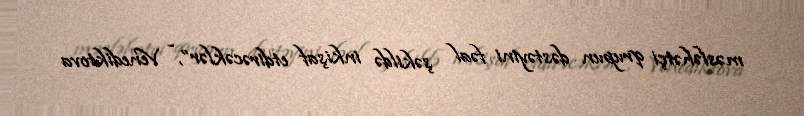
məsləhətçi qrupun dəstəyini fəal şəkildə inkişaf etdirəcəklər”, - Venediktova